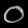
Digit: ၀